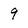
Character: 9